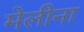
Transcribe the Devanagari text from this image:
मेलीना